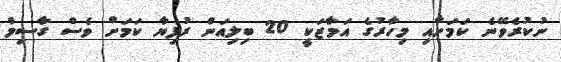
ނުކުރެވޭނެ ކަމަށާއި މިހާރުގެ އަމާޒަކީ 20 ބިލިއަން ރުފިޔާ ކަމަށް ވެސް ގާސިމް